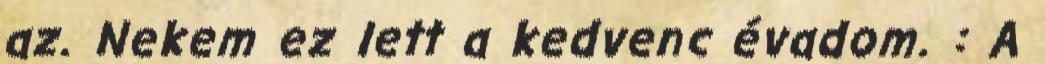
az. Nekem ez lett a kedvenc évadom. : A